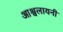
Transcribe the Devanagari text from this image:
आश्वलायनी